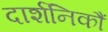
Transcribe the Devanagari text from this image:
दार्शनिकौं